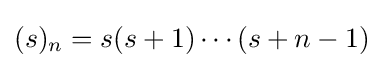
(s)_{n}=s(s+1)\cdots (s+n-1)